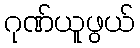
ဂုဏ်ယူဖွယ်